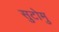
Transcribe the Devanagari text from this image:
सुटोमु